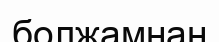
болжамнан